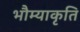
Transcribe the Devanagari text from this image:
भौम्याकृति